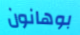
بوهانون